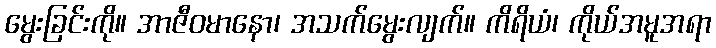
မွေးခြင်းကို။ အာဇီဝမာနော၊ အသက်မွေးလျက်။ ကိရိယံ၊ ကိုယ်အမူအရာ